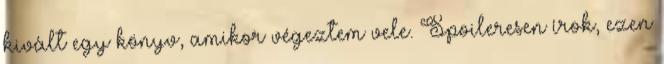
kivált egy könyv, amikor végeztem vele. Spoileresen írok, ezen